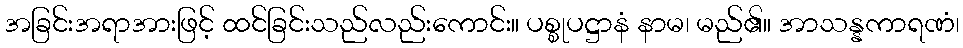
အခြင်းအရာအားဖြင့် ထင်ခြင်းသည်လည်းကောင်း။ ပစ္စုပဋ္ဌာနံ နာမ၊ မည်၏။ အာသန္နကာရဏံ၊